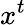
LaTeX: x^{t}